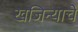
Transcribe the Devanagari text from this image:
खजिन्याचे